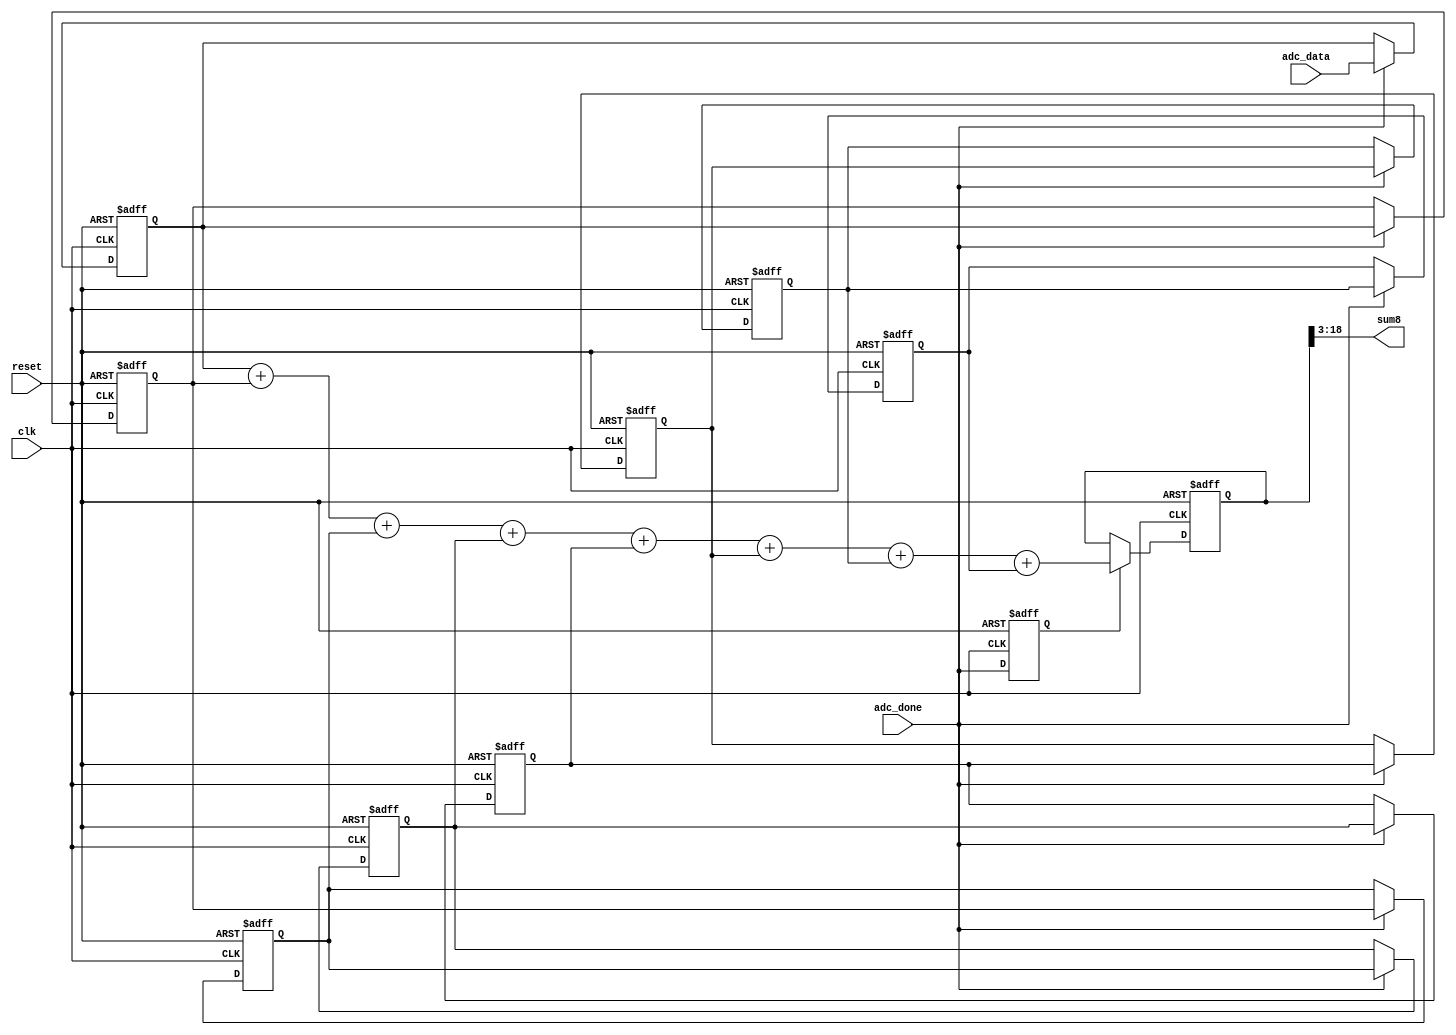
///////////////////////////////////////////////////////////////////////////////////////////////////
// Company: <Name>
//
// File history:
//      <Revision number>: <Date>: <Comments>
//      <Revision number>: <Date>: <Comments>
//      <Revision number>: <Date>: <Comments>
//
// Description: 
//
// <Description here>
//
// Targeted device: <Family::ProASIC3> <Die::A3P600> <Package::208 PQFP>
//
/////////////////////////////////////////////////////////////////////////////////////////////////// 

//`timescale <time_units> / <precision>

module sum8( 
	input clk, reset,
	input adc_done,
	input [15:0] adc_data,
	output [15:0]sum8
);
	//* 
	reg [15:0] shift0, shift1, shift2, shift3, shift4, shift5, shift6, shift7;
	always @(posedge clk, negedge reset)begin
		if(!reset) begin 
			shift0 <= {16{1'b0}};
			shift1 <= {16{1'b0}};
			shift2 <= {16{1'b0}};
			shift3 <= {16{1'b0}};
			shift4 <= {16{1'b0}};
			shift5 <= {16{1'b0}};
			shift6 <= {16{1'b0}};
			shift7 <= {16{1'b0}};
		end
		else if(adc_done) begin
			shift0 <= adc_data;
			shift1 <= shift0;
			shift2 <= shift1;
			shift3 <= shift2;
			shift4 <= shift3;
			shift5 <= shift4;
			shift6 <= shift5;
			shift7 <= shift6;
		end
	end
	
	reg adc_done2;
	always @(posedge clk,negedge reset)begin
		if(!reset) adc_done2 <= 1'b0;
		else adc_done2 <= adc_done;
	end
	//* 
	reg [18:0] sum;
	always @(posedge clk, negedge reset)begin
		if(!reset) sum <= {19{1'b0}};
		else if(adc_done2) begin
			sum <= shift0 + shift1 + shift2 + shift3 + shift4 + shift5 + shift6 + shift7;
		end
	end
	
	assign sum8 = sum[18:3];


endmodule